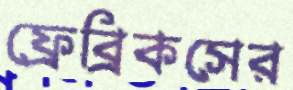
ফ্রেব্রিকসের